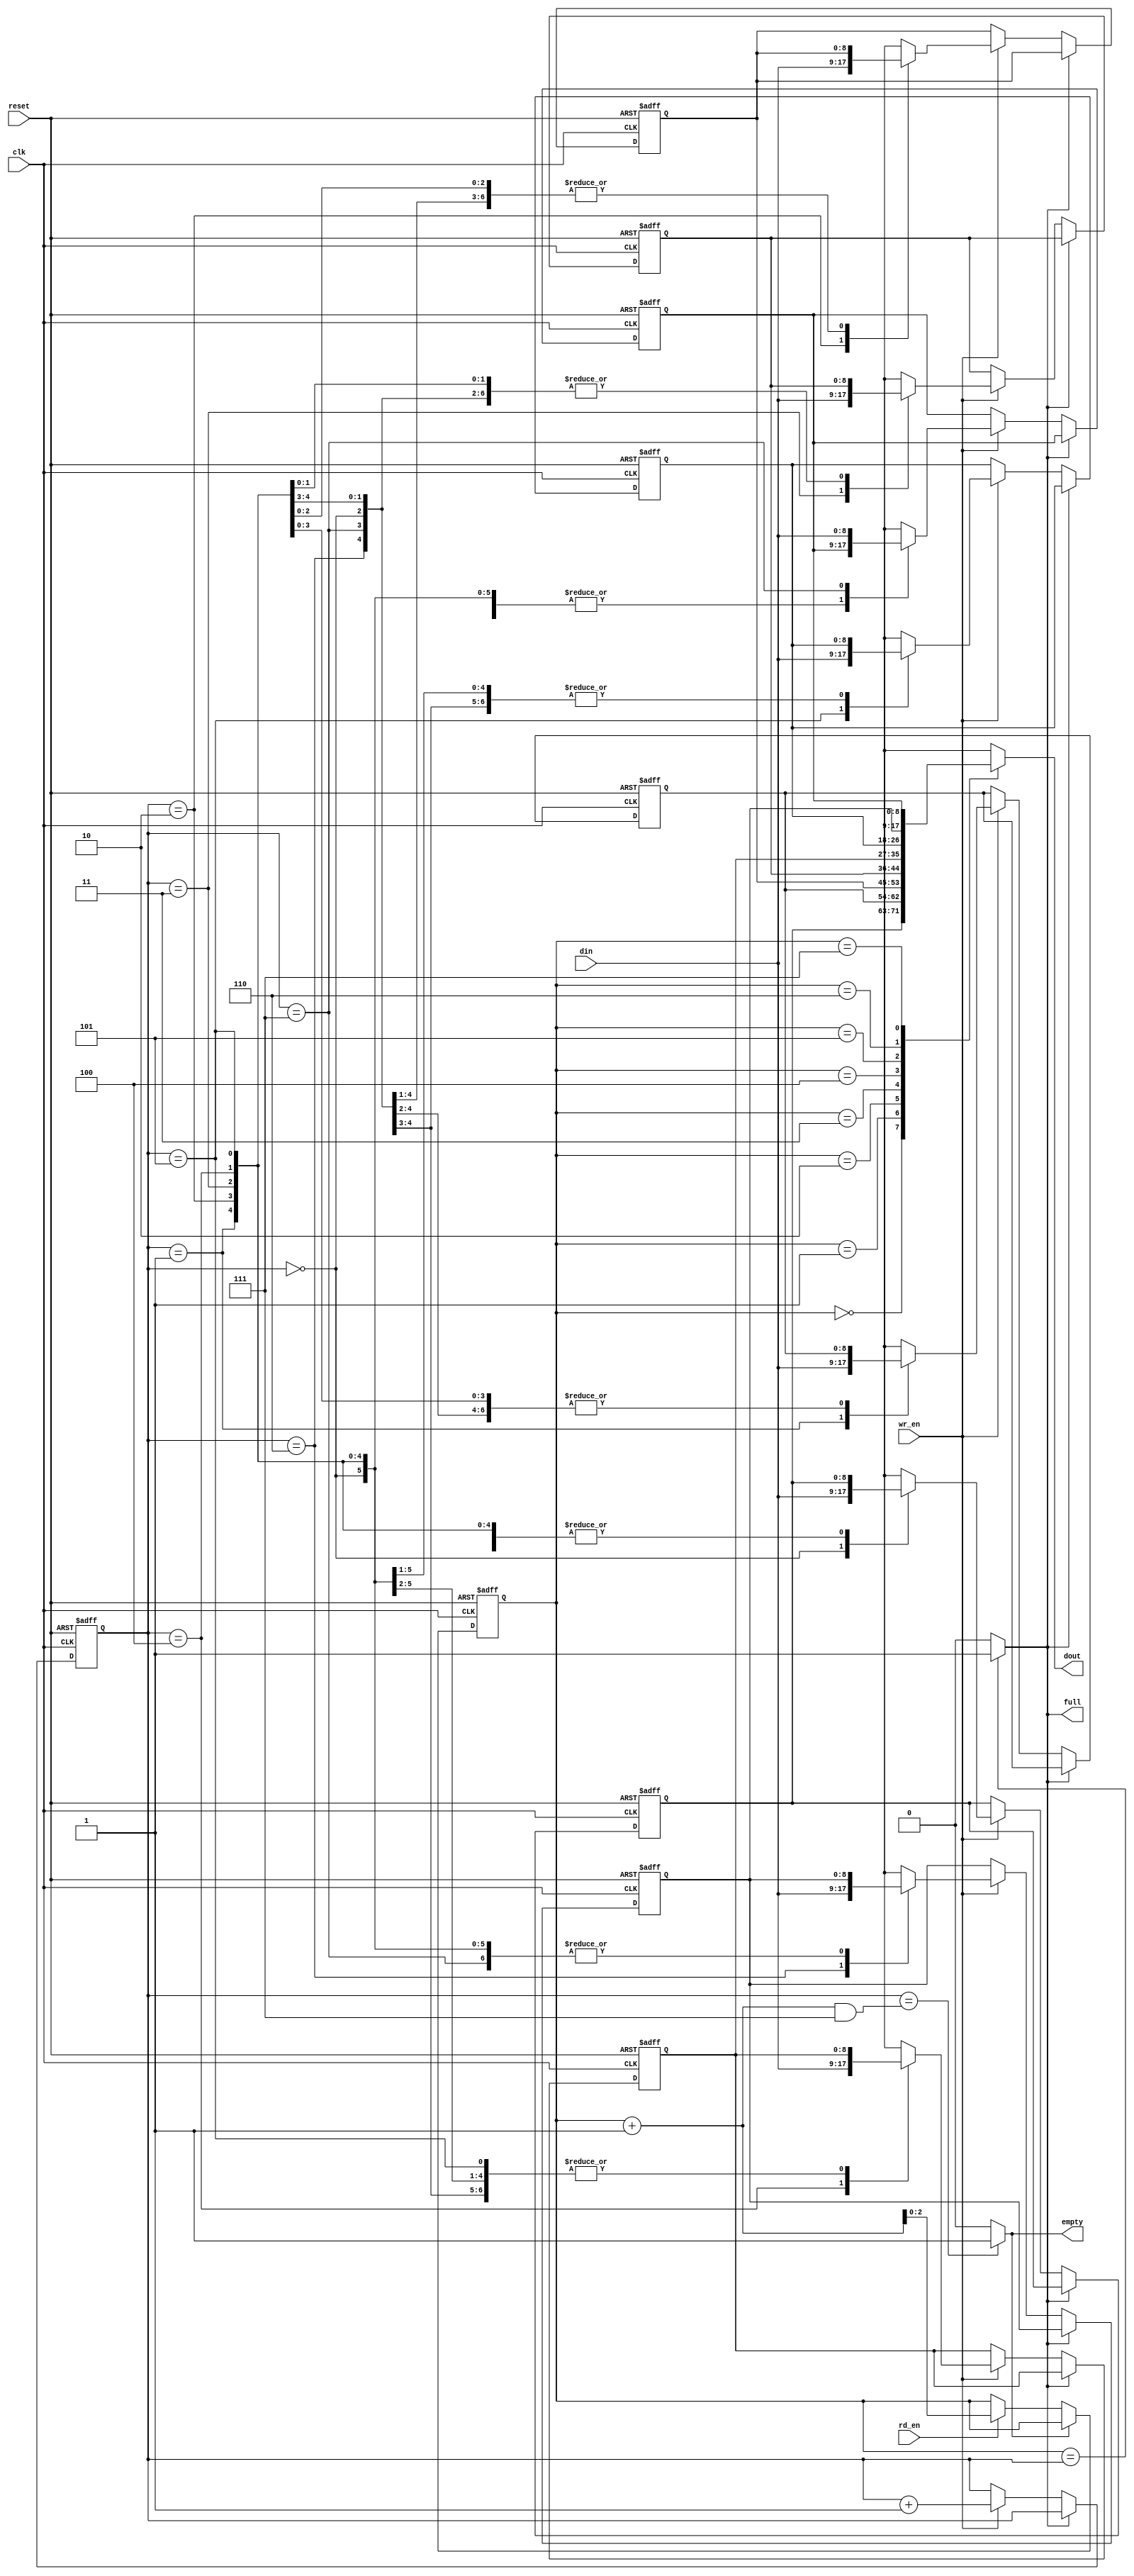
module XTokenFifo(
	input clk,
	input reset,
	input [8:0] din,
	input rd_en,
	input wr_en,
	output  [8:0] dout,
	output  empty,
	output  full
);

  parameter FIFO_SIZE = 8;
  parameter FIFO_ADDR_WIDTH = 2;
  
  reg [8:0] fifo_r[FIFO_SIZE-1:0];
  reg [8:0] fifo_t[FIFO_SIZE-1:0];
  reg [FIFO_ADDR_WIDTH:0] fifoHead_r;
  reg [FIFO_ADDR_WIDTH:0] fifoTail_r;
  reg [FIFO_ADDR_WIDTH:0] fifoHead_t;
  reg [FIFO_ADDR_WIDTH:0] fifoTail_t;
  
  
 reg empty_t;
 reg full_t;
 
assign empty = empty_t;
assign full = full_t; 
assign dout = fifo_r[fifoTail_r]; 


always @(*) begin
  // check full/empty
  empty_t = (fifoHead_r == ((fifoTail_r+1) & 'h7)) ? 1'b 1 : 1'b 0;
  full_t = (fifoTail_r == fifoHead_r) ? 1'b 1 : 1'b 0;
  
end

always @(*) begin 
  fifoTail_t = fifoTail_r;
  
  if (empty==0) begin
    if (rd_en) begin
	  fifoTail_t = fifoTail_r + 1;
	end
  end
  
end

  
always @(fifo_r[0], fifo_r[1], fifo_r[2], fifo_r[3], fifo_r[4], fifo_r[5], fifo_r[6], fifo_r[7], 
         fifoHead_r, fifoTail_r, fifoHead_t, fifoTail_t, empty, full,
		 rd_en, wr_en, din) begin   // workaround for xilink error #1468.

  fifo_t[0] = fifo_r[0];
  fifo_t[1] = fifo_r[1];
  fifo_t[2] = fifo_r[2];
  fifo_t[3] = fifo_r[3];
  fifo_t[4] = fifo_r[4];
  fifo_t[5] = fifo_r[5];
  fifo_t[6] = fifo_r[6];
  fifo_t[7] = fifo_r[7];
	
  fifoHead_t = fifoHead_r;
  
  if (full==0) begin
    if (wr_en) begin
	  fifoHead_t = fifoHead_r + 1;
	  fifo_t[fifoHead_r] = din;
	end
  end
end

always @(posedge clk or posedge reset)
begin
  if (reset)
  begin
    fifo_r[0] <= 0;
    fifo_r[1] <= 0;
    fifo_r[2] <= 0;
    fifo_r[3] <= 0;
    fifo_r[4] <= 0;
    fifo_r[5] <= 0;
    fifo_r[6] <= 0;
    fifo_r[7] <= 0;
    fifoHead_r <= 0;
    fifoTail_r <= (FIFO_SIZE-1);
	 
	 //empty_r <= 1;
	 //full_r <= 1;
  end
  else begin
    fifo_r[0] <= fifo_t[0];
    fifo_r[1] <= fifo_t[1];
    fifo_r[2] <= fifo_t[2];
    fifo_r[3] <= fifo_t[3];
    fifo_r[4] <= fifo_t[4];
    fifo_r[5] <= fifo_t[5];
    fifo_r[6] <= fifo_t[6];
    fifo_r[7] <= fifo_t[7];
    fifoHead_r <= fifoHead_t;
    fifoTail_r <= fifoTail_t;
	 
	 //empty_r <= empty_t;
	 //full_r <= full_t;
  end
end

endmodule